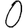
Digit: 0